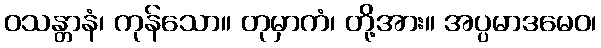
ဝသန္တာနံ၊ ကုန်သော။ တုမှာကံ၊ တို့အား။ အပ္ပမာဒမေဝ၊